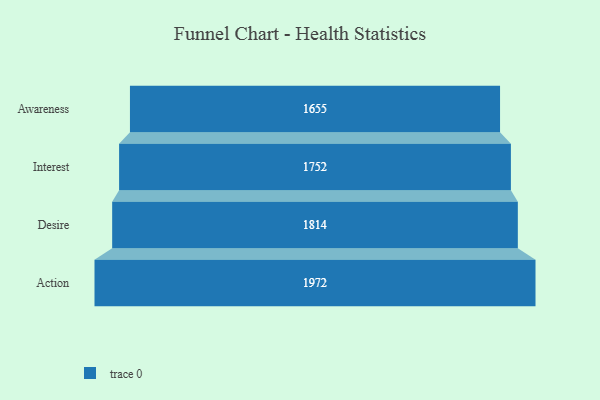
{"axis": {"x": "Stage", "y": "Value"}, "legend": [""], "data": [{"x": "Awareness", "y": 1655.0, "type": ""}, {"x": "Interest", "y": 1752.0, "type": ""}, {"x": "Desire", "y": 1814.0, "type": ""}, {"x": "Action", "y": 1972.0, "type": ""}]}